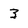
Character: 3